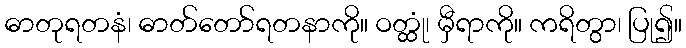
ဓာတုရတနံ၊ ဓာတ်တော်ရတနာကို။ ဝတ္ထုံ၊ မှီရာကို။ ကရိတွာ၊ ပြု၍။